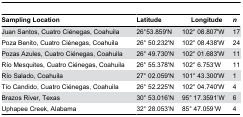
<table><thead><tr><td><b>Sampling Location</b></td><td colspan="2"><b>Latitude</b></td><td><b>Longitude</b></td><td><b><i>n</i></b></td></tr></thead><tbody><tr><td>Juan Santos, Cuatro Ciénegas, Coahuila</td><td>26°53.859&#x27;N</td><td colspan="2">102° 08.807&#x27;W</td><td>17</td></tr><tr><td>Poza Benito, Cuatro Ciénegas, Coahuila</td><td>26° 50.232&#x27;N</td><td colspan="2">102° 08.438&#x27;W</td><td>24</td></tr><tr><td>Pozas Azules, Cuatro Ciénegas, Coahuila</td><td>26° 49.730&#x27;N</td><td colspan="2">102° 01.683&#x27;W</td><td>11</td></tr><tr><td>Río Mesquites, Cuatro Ciénegas, Coahuila</td><td>26° 55.378&#x27;N</td><td colspan="2">102° 6.753&#x27;W</td><td>11</td></tr><tr><td>Río Salado, Coahuila</td><td>27° 02.059&#x27;N</td><td colspan="2">101° 43.300&#x27;W</td><td>1</td></tr><tr><td>Tío Candido, Cuatro Ciénegas, Coahuila</td><td>26° 52.225&#x27;N</td><td colspan="2">102° 04.740&#x27;W</td><td>4</td></tr><tr><td>Brazos River, Texas</td><td>30° 53.016’N</td><td colspan="2">95° 17.3591’W</td><td>6</td></tr><tr><td>Uphapee Creek, Alabama</td><td>32° 28.053’N</td><td colspan="2">85° 47.059’W</td><td>4</td></tr></tbody></table>